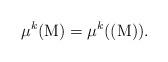
LaTeX: \begin{align*}\mu^k(\mathrm{M})=\mu^k((\mathrm{M})).\end{align*}